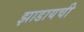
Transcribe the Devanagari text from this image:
झाडायची